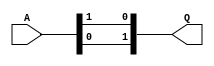
/*
**
** Copyright 2019 Ruhr University Bochum, Horst Grtz Institute for IT Security
**
** Permission is hereby granted, free of charge, to any person obtaining a copy of this software
** and associated documentation files (the "Software"), to deal in the Software without restriction, 
** including without limitation the rights to use, copy, modify, merge, publish, distribute, sublicense, 
** and/or sell copies of the Software, and to permit persons to whom the Software is furnished to do 
** so, subject to the following conditions:
**
** The above copyright notice and this permission notice shall be included in all copies or substantial 
** portions of the Software.
**
** THE SOFTWARE IS PROVIDED "AS IS", WITHOUT WARRANTY OF ANY KIND, EXPRESS OR IMPLIED, INCLUDING BUT NOT 
** LIMITED TO THE WARRANTIES OF MERCHANTABILITY, FITNESS FOR A PARTICULAR PURPOSE AND NONINFRINGEMENT. 
** IN NO EVENT SHALL THE AUTHORS OR COPYRIGHT HOLDERS BE LIABLE FOR ANY CLAIM, DAMAGES OR OTHER LIABILITY, 
** WHETHER IN AN ACTION OF CONTRACT, TORT OR OTHERWISE, ARISING FROM, OUT OF OR IN CONNECTION WITH THE 
** SOFTWARE OR THE USE OR OTHER DEALINGS IN THE SOFTWARE.
**
*/

/* S-box using all normal bases */
/*   case # 4 : [d^16, d], [alpha^8, alpha^2], [Omega^2, Omega] */
/*   beta^8 = N^2*alpha^2, N = w^2 */
/*   optimized using OR gates and NAND gates */

/* square in GF(2^2), using normal basis [Omega^2,Omega] */
/* inverse is the same as square in GF(2^2), using any normal basis */
module GF_SQ_2 ( A, Q );
    input  [1:0] A;
    output [1:0] Q;

    assign Q = { A[0], A[1] };
endmodule

/* scale by w = Omega in GF(2^2), using normal basis [Omega^2,Omega] */
//module GF_SCLW_2 ( A, Q );
//   input  [1:0] A;
//    output [1:0] Q;
//
//    assign Q = { (A[1] ^ A[0]), A[1] };
//endmodule

/* scale by w^2 = Omega^2 in GF(2^2), using normal basis [Omega^2,Omega] */
//module GF_SCLW2_2 ( A, Q );
//    input  [1:0] A;
//    output [1:0] Q;
//
//    assign Q = { A[0], (A[1] ^ A[0]) };
//endmodule

/* multiply in GF(2^2), shared factors, using normal basis [Omega^2,Omega] */
module GF_MULS_2 ( A, ab, B, cd, Q );
    input  [1:0] A;
    input  ab;
    input  [1:0] B;
    input  cd;
    output [1:0] Q;
    wire   abcd, p, q;
    
    assign abcd = ~(ab & cd);  /* note: ~& syntax for NAND won't compile */
    assign p = (~(A[1] & B[1])) ^ abcd;
    assign q = (~(A[0] & B[0])) ^ abcd;
    assign Q = { p, q };
endmodule

/* multiply & scale by N in GF(2^2), shared factors, basis [Omega^2,Omega] */
module GF_MULS_SCL_2 ( A, ab, B, cd, Q );
    input  [1:0] A;
    input  ab;
    input  [1:0] B;
    input  cd;
    output [1:0] Q;
    wire   t, p, q;
    
    assign t = ~(A[0] & B[0]);  /* note: ~& syntax for NAND won't compile */
    assign p = (~(ab & cd)) ^ t;
    assign q = (~(A[1] & B[1])) ^ t;
    assign Q = { p, q };
endmodule

/* inverse in GF(2^4)/GF(2^2), using normal basis [alpha^8, alpha^2] */
module GF_INV_4 ( A, Q );
    input  [3:0] A;
    output [3:0] Q;
    wire   [1:0] a, b, c, d, p, q;
    wire   sa, sb, sd;   /* for shared factors in multipliers */
    
    assign a = A[3:2];
    assign b = A[1:0];
    assign sa = a[1] ^ a[0];
    assign sb = b[1] ^ b[0];
/* optimize this section as shown below
    GF_MULS_2 abmul(a, sa, b, sb, ab);
    GF_SQ_2 absq( (a ^ b), ab2);
    GF_SCLW2_2 absclN( ab2, ab2N);
    GF_SQ_2 dinv( (ab ^ ab2N), d);
*/
    assign c = {   /* note: ~| syntax for NOR won't compile */
      ~(a[1] | b[1]) ^ (~(sa & sb)) ,
      ~(sa | sb) ^ (~(a[0] & b[0])) };
    GF_SQ_2 dinv( c, d);
/* end of optimization */
    assign sd = d[1] ^ d[0];
    GF_MULS_2 pmul(d, sd, b, sb, p);
    GF_MULS_2 qmul(d, sd, a, sa, q);
    assign Q = { p, q };
endmodule

/* square & scale by nu in GF(2^4)/GF(2^2), normal basis [alpha^8, alpha^2] */
/*   nu = beta^8 = N^2*alpha^2, N = w^2 */
//module GF_SQ_SCL_4 ( A, Q );
//    input  [3:0] A;
//    output [3:0] Q;
//    wire   [1:0] a, b, ab2, b2, b2N2;
//
//    assign a = A[3:2];
//    assign b = A[1:0];
//    GF_SQ_2 absq(a ^ b,ab2);
//    GF_SQ_2 bsq(b,b2);
//    GF_SCLW_2 bmulN2(b2,b2N2);
//    assign Q = { ab2, b2N2 };
//endmodule

/* multiply in GF(2^4)/GF(2^2), shared factors, basis [alpha^8, alpha^2] */
module GF_MULS_4 ( A, as, Al, Ah, aa, B, bs, Bl, Bh, bb, Q );
    input  [3:0] A;
    input  [1:0] as;
    input        Al;
    input        Ah;
    input        aa;
    input  [3:0] B;
    input  [1:0] bs;
    input        Bl;
    input        Bh;
    input        bb;
    output [3:0] Q;
    wire   [1:0] ph, pl, p;
    
    GF_MULS_2 himul(A[3:2], Ah, B[3:2], Bh, ph);
    GF_MULS_2 lomul(A[1:0], Al, B[1:0], Bl, pl);
    GF_MULS_SCL_2 summul( as, aa, bs, bb, p);
    assign Q = { (ph ^ p), (pl ^ p) };
endmodule

/* inverse in GF(2^8)/GF(2^4), using normal basis [d^16, d] */
module GF_INV_8 ( A, Q );
    input  [7:0] A;
    output [7:0] Q;
    wire   [3:0] a, b, c, d, p, q;
    wire   [1:0] sa, sb, sd;   /* for shared factors in multipliers */
    wire al, ah, aa, bl, bh, bb, dl, dh, dd;   /* for shared factors */
    wire c1, c2, c3;   /* for temp var */
    
    assign a = A[7:4];
    assign b = A[3:0];
    assign sa = a[3:2] ^ a[1:0];
    assign sb = b[3:2] ^ b[1:0];
    assign al = a[1] ^ a[0];
    assign ah = a[3] ^ a[2];
    assign aa = sa[1] ^ sa[0];
    assign bl = b[1] ^ b[0];
    assign bh = b[3] ^ b[2];
    assign bb = sb[1] ^ sb[0];
/* optimize this section as shown below
    GF_MULS_4 abmul(a, sa, al, ah, aa, b, sb, bl, bh, bb, ab);
    GF_SQ_SCL_4 absq( (a ^ b), ab2);
    GF_INV_4 dinv( (ab ^ ab2), d);
*/
    assign c1 = ~(ah & bh);
    assign c2 = ~(sa[0] & sb[0]);
    assign c3 = ~(aa & bb);
    assign c = {   /* note: ~| syntax for NOR won't compile */
      (~(sa[0] | sb[0]) ^ (~(a[3] & b[3]))) ^ c1 ^ c3 ,
      (~(sa[1] | sb[1]) ^ (~(a[2] & b[2]))) ^ c1 ^ c2 ,
      (~(al | bl) ^ (~(a[1] & b[1]))) ^ c2 ^ c3 ,
      (~(a[0] | b[0]) ^ (~(al & bl))) ^ (~(sa[1] & sb[1])) ^ c2 };
    GF_INV_4 dinv( c, d);
/* end of optimization */
    assign sd = d[3:2] ^ d[1:0];
    assign dl = d[1] ^ d[0];
    assign dh = d[3] ^ d[2];
    assign dd = sd[1] ^ sd[0];
    GF_MULS_4 pmul(d, sd, dl, dh, dd, b, sb, bl, bh, bb, p);
    GF_MULS_4 qmul(d, sd, dl, dh, dd, a, sa, al, ah, aa, q);
    assign Q = { p, q };
endmodule

/* MUX21I is an inverting 2:1 multiplexor */
module MUX21I ( A, B, s, Q );
    input        A;
    input        B;
    input        s;
    output       Q;
    assign Q = ~ ( s ? A : B );  /* mock-up for FPGA implementation */
endmodule

/* select and invert (NOT) byte, using MUX21I */
module SELECT_NOT_8 ( A, B, s, Q );
    input  [7:0] A;
    input  [7:0] B;
    input        s;
    output [7:0] Q;
    MUX21I m7(A[7],B[7],s,Q[7]);
    MUX21I m6(A[6],B[6],s,Q[6]);
    MUX21I m5(A[5],B[5],s,Q[5]);
    MUX21I m4(A[4],B[4],s,Q[4]);
    MUX21I m3(A[3],B[3],s,Q[3]);
    MUX21I m2(A[2],B[2],s,Q[2]);
    MUX21I m1(A[1],B[1],s,Q[1]);
    MUX21I m0(A[0],B[0],s,Q[0]);
endmodule

/* find either Sbox or its inverse in GF(2^8), by Canright Algorithm */
module bSbox ( A, encrypt, Q );
    input  [7:0] A;
    input        encrypt;  /* 1 for Sbox, 0 for inverse Sbox */
    output [7:0] Q;
    wire   [7:0] B, C, D, X, Y, Z;
    wire R1, R2, R3, R4, R5, R6, R7, R8, R9;
    wire T1, T2, T3, T4, T5, T6, T7, T8, T9, T10;

/* change basis from GF(2^8) to GF(2^8)/GF(2^4)/GF(2^2) */
/* combine with bit inverse matrix multiply of Sbox */
assign  R1  = A[7] ^ A[5] ;
assign  R2  = A[7] ~^ A[4] ;
assign  R3  = A[6] ^ A[0] ;
assign  R4  = A[5] ~^  R3  ;
assign  R5  = A[4] ^  R4  ;
assign  R6  = A[3] ^ A[0] ;
assign  R7  = A[2] ^  R1  ;
assign  R8  = A[1] ^  R3  ;
assign  R9  = A[3] ^  R8  ;
assign B[7] =  R7  ~^  R8  ;
assign B[6] =  R5  ;
assign B[5] = A[1] ^  R4  ;
assign B[4] =  R1  ~^  R3  ;
assign B[3] = A[1] ^  R2  ^  R6  ;
assign B[2] = ~ A[0] ;
assign B[1] =  R4  ;
assign B[0] = A[2] ~^  R9  ;
assign Y[7] =  R2  ;
assign Y[6] = A[4] ^  R8  ;
assign Y[5] = A[6] ^ A[4] ;
assign Y[4] =  R9  ;
assign Y[3] = A[6] ~^  R2  ;
assign Y[2] =  R7  ;
assign Y[1] = A[4] ^  R6  ;
assign Y[0] = A[1] ^  R5  ;
    SELECT_NOT_8 sel_in( B, Y, encrypt, Z );
    GF_INV_8 inv( Z, C );
/* change basis back from GF(2^8)/GF(2^4)/GF(2^2) to GF(2^8) */
assign  T1  = C[7] ^ C[3] ;
assign  T2  = C[6] ^ C[4] ;
assign  T3  = C[6] ^ C[0] ;
assign  T4  = C[5] ~^ C[3] ;
assign  T5  = C[5] ~^  T1  ;
assign  T6  = C[5] ~^ C[1] ;
assign  T7  = C[4] ~^  T6  ;
assign  T8  = C[2] ^  T4  ;
assign  T9  = C[1] ^  T2  ;
assign  T10  =  T3  ^  T5  ;
assign D[7] =  T4  ;
assign D[6] =  T1  ;
assign D[5] =  T3  ;
assign D[4] =  T5  ;
assign D[3] =  T2  ^  T5  ;
assign D[2] =  T3  ^  T8  ;
assign D[1] =  T7  ;
assign D[0] =  T9  ;
assign X[7] = C[4] ~^ C[1] ;
assign X[6] = C[1] ^  T10  ;
assign X[5] = C[2] ^  T10  ;
assign X[4] = C[6] ~^ C[1] ;
assign X[3] =  T8  ^  T9  ;
assign X[2] = C[7] ~^  T7  ;
assign X[1] =  T6  ;
assign X[0] = ~ C[2] ;
    SELECT_NOT_8 sel_out( D, X, encrypt, Q );
endmodule